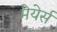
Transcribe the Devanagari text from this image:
मेयेर्स